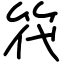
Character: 笩